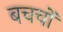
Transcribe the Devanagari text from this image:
बचचों